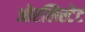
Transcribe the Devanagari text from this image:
ओरलिस्टेट